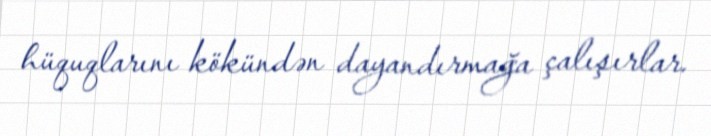
hüquqlarını kökündən dayandırmağa çalışırlar.